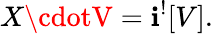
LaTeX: X\cdotV=\mathbf{i}^{!}[V].